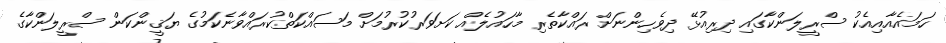
ހަމައެއާއިއެކު ސްރީލަންކާގައި ދިރިއުޅޭ ދިވެހިންނަށް ރައްކާތެރި މާހައުލެއް ކަށަވަރުކުރުމަށް މަސައްކަތްކުރައްވާނެކަމުގެ ޔަޤީންކަން ސްރީލަންކާގެ